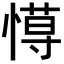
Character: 𢠍